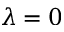
\lambda = 0